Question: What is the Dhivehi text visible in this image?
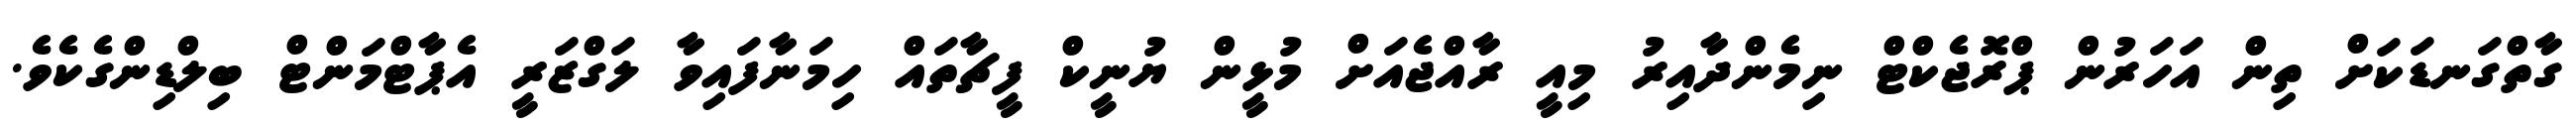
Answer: ގާތްގަނޑަކަށް ތިން އަހަރުން ޕްރޮޖެކްޓް ނިމެންދާއިރު މިއީ ރާއްޖެއަށް މުޅީން ޔުނީކް ފީޗާތައް ހިމަނާފައިވާ ލަގްޒަރީ އެޕާޓްމަންޓް ބިލްޑިންގެކެވެ.